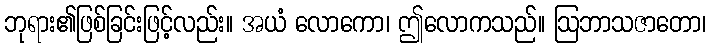
ဘုရား၏ဖြစ်ခြင်းဖြင့်လည်း။ အယံ လောကော၊ ဤလောကသည်။ ဩဘာသဇာတော၊